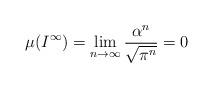
LaTeX: \begin{align*}\mu(I^{\infty})=\lim_{n\rightarrow\infty}\frac{\alpha^{n}}{\sqrt{\pi^{n}}}=0\end{align*}